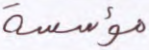
مؤسسة